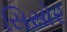
સિસોર